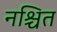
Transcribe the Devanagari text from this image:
नश्चित